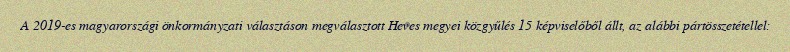
A 2019-es magyarországi önkormányzati választáson megválasztott Heves megyei közgyűlés 15 képviselőből állt, az alábbi pártösszetétellel: